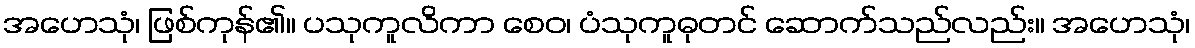
အဟေသုံ၊ ဖြစ်ကုန်၏။ ပသုကူလိကာ စေဝ၊ ပံသုကူဓုတင် ဆောက်သည်လည်း။ အဟေသုံ၊